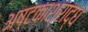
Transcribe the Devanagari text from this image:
अष्टकाश्राद्ध